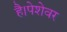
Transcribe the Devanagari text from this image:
है।पेशेवर